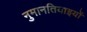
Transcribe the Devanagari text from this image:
नुमानतियाइयों